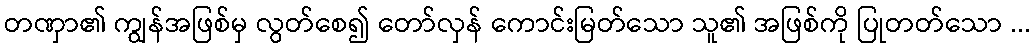
တဏှာ၏ ကျွန်အဖြစ်မှ လွတ်စေ၍ တော်လှန် ကောင်းမြတ်သော သူ၏ အဖြစ်ကို ပြုတတ်သော ...